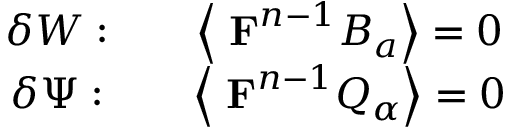
\begin{array} { c c c } { { \delta W : } } & { { } } & { { \left\langle \mathrm { { \bf ~ F } } ^ { n - 1 } B _ { a } \right\rangle = 0 } } \\ { { \delta \Psi : } } & { { } } & { { \left\langle \mathrm { { \bf ~ F } } ^ { n - 1 } Q _ { \alpha } \right\rangle = 0 } } \end{array}